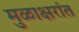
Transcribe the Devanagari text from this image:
मुळाक्षरांत